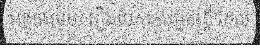
អង្គការមួយ រឿងបេសកកម្មតន្ត្រី ដែល